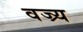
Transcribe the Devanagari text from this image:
वज्र्य